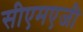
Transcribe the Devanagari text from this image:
सीएमएजी